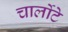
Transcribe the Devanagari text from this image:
चार्लोटे